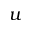
u